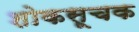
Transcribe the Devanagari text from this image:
शोकसूचक